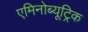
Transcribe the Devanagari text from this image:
एमिनोब्यूट्रिक